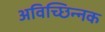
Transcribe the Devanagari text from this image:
अविच्छिन्नक